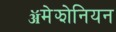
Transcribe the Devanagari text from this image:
ॲमेझोनियन